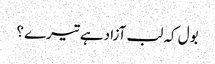
بول کہ لب آزاد ہے تیرے ؟